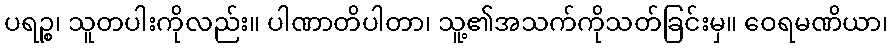
ပရဉ္စ၊ သူတပါးကိုလည်း။ ပါဏာတိပါတာ၊ သူ့၏အသက်ကိုသတ်ခြင်းမှ။ ဝေရမဏိယာ၊